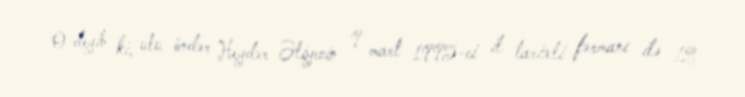
O deyib ki, ulu öndər Heydər Əliyevin 9 mart 1995-ci il tarixli fərmanı ilə 12